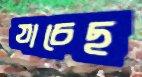
যাচেছ